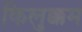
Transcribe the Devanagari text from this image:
किलुक्कम